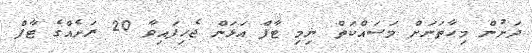
ދަށުން މިހާތަނަށް މަސައްކަތް ނިމި ޓާފް އަޅަން ޖެހިފައިވާ 20 ރަށެއްގެ ޓާފް